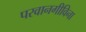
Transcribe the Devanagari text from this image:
परवानगीविना